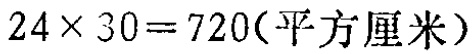
\(24\times 30 = 720(\text{平方厘米})\)